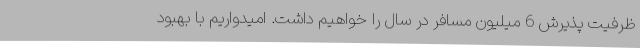
ظرفیت پذیرش 6 میلیون مسافر در سال را خواهیم داشت. امیدواریم با بهبود